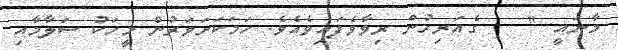
މާނައީ "    ގެއަރިހުން ރިވާވެފައިވެއެވެ. ހަމަކަށަވަރުން މީހަކު ސަލާމާއި